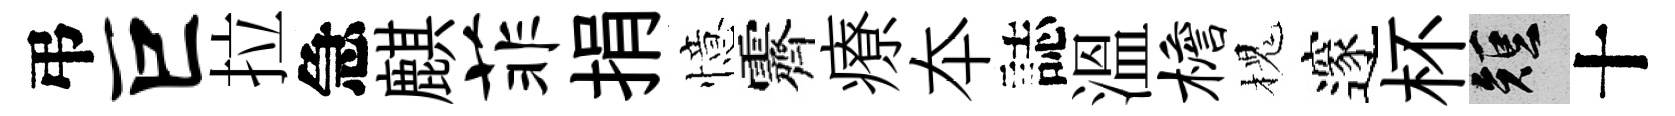
弔巨拉急麒菲捐憶霽療夲誌溫檐槐邃杯短十